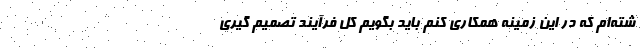
شته‌ام که در این زمینه همکاری کنم باید بگویم کل فرآیند تصمیم گیری